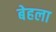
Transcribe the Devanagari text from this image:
बेहला